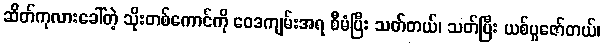
ဆိတ်ကုလားခေါ်တဲ့ သိုးတစ်ကောင်ကို ဝေဒကျမ်းအရ စီမံပြီး သတ်တယ်၊ သတ်ပြီး ယစ်ပူဇော်တယ်၊